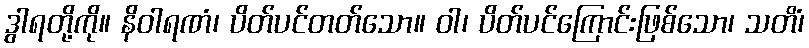
ဒွါရတို့ကို။ နိဝါရဏံ၊ ပိတ်ပင်တတ်သော။ ဝါ၊ ပိတ်ပင်ကြောင်းဖြစ်သော၊ သတိံ၊